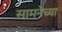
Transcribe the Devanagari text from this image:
सामनेच्या